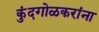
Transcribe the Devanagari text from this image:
कुंदगोळकरांना